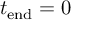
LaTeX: t _ { \mathrm { e n d } } = 0